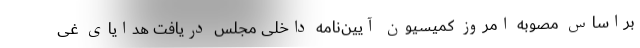
‌براساس مصوبه امروز کمیسیون آیین‌نامه داخلی مجلس دریافت هدایای غی